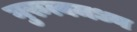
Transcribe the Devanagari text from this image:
गुरुत्वमध्य